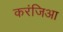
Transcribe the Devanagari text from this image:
करंजिआ